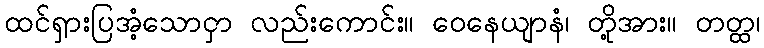
ထင်ရှားပြအံ့သောငှာ လည်းကောင်း။ ဝေနေယျာနံ၊ တို့အား။ တတ္ထ၊